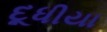
દૂધીયા